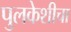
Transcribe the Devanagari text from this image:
पुलकेशीचा